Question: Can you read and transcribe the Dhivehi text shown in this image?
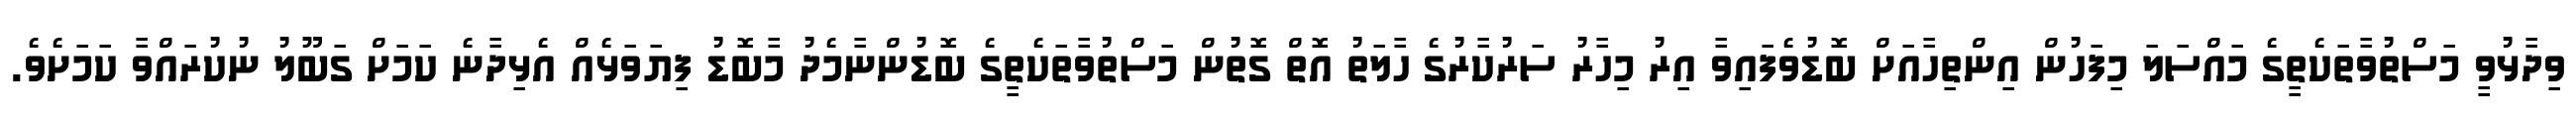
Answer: ވިދާޅުވީ މަސްތުވާތަކެތީގެ މައްސަލަ މިފަހުން އިންތިހާއަށް ބޮޑުވެފައިވާ އިރު މިހާރު ސަރުކާރުގެ ހާލަތު އޮތް ގޮތުން މަސްތުވާތަކެތީގެ ބޮޑުންނާމެދު މާބޮޑު ފިޔަވަޅެއް އެޅިދާނެ ކަމަށް ގަބޫލު ނުކުރައްވާ ކަމަށެވެ.